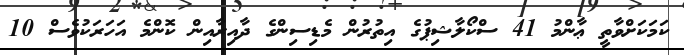
ކަމަކަށްވާތީ ޢާންމު 41 ސްކޯލާޝިޕުގެ އިތުރުން މެޑިސިންގެ ދާއިރާއިން ކޮންމެ އަހަރަކުވެސް 10